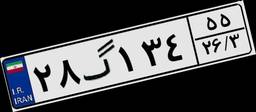
۲۸گ۱۳۴۵۵